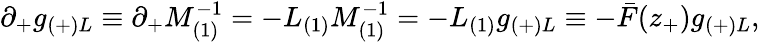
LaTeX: \partial_{+}g_{(+)L}\equiv\partial_{+}M_{(1)}^{-1}=-L_{(1)}M_{(1)}^{-1}=-L_{(1)}g_{(+)L}\equiv-\bar{F}(z_{+})g_{(+)L},